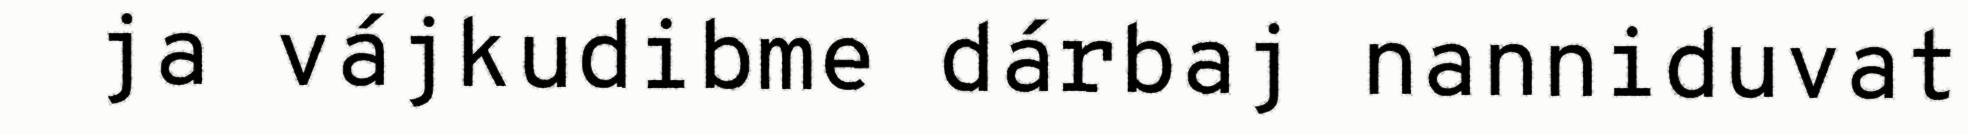
ja vájkudibme dárbaj nanniduvat